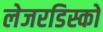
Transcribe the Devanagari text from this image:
लेजरडिस्कों